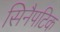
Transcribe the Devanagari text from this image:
सिनैपटिक